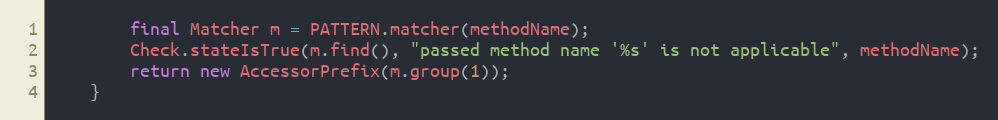
Language: Java
		final Matcher m = PATTERN.matcher(methodName);
		Check.stateIsTrue(m.find(), "passed method name '%s' is not applicable", methodName);
		return new AccessorPrefix(m.group(1));
	}